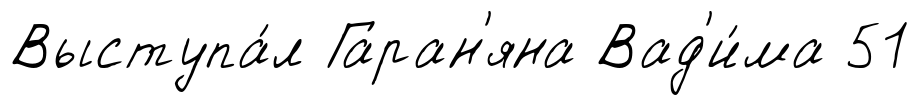
Выступа́л Гаран'яна Вад'и́ма 51